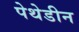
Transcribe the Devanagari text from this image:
पेथेडीन